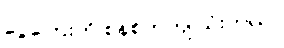
ငွေကြေးကို စနစ်တကျ သုံးတယ်။